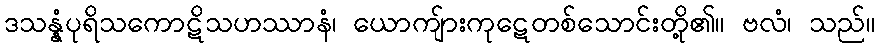
ဒသန္နံပုရိသကောဋိသဟဿာနံ၊ ယောကျ်ားကုဋေတစ်သောင်းတို့၏။ ဗလံ၊ သည်။